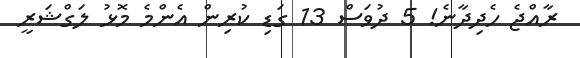
ރާއްޖެ ހެދިދާނެ! 5 ދުވަސް 13 ގަޑި ކުރިން އެންމެ މޮޅު ލަގްޝަރީ